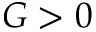
G > 0